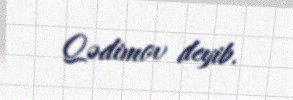
Qədimov deyib.